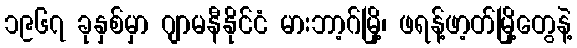
၁၉၆၇ ခုနှစ်မှာ ဂျာမနီနိုင်ငံ မားဘာ့ဂ်မြို့၊ ဖရန့်ဖာ့တ်မြို့တွေနဲ့